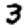
Digit: 3